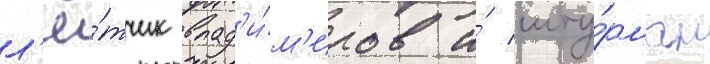
л'ё́тчик влад'и́м'иров и́ шту́рман